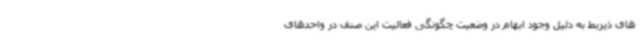
های ذیربط به دلیل وجود ابهام در وضعیت چگونگی فعالیت این صنف در واحدهای